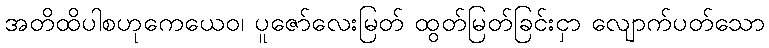
အတိထိပါစဟုကေယေဝ၊ ပူဇော်လေးမြတ် ထွတ်မြတ်ခြင်းငှာ လျောက်ပတ်သော